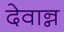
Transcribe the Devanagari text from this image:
देवान्न